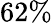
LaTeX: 62\%